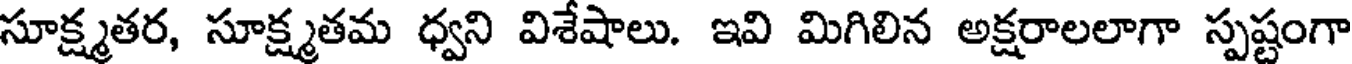
సూక్ష్మతర, సూక్ష్మతమ ధ్వని విశేషాలు. ఇవి మిగిలిన అక్షరాలలాగా స్పష్టంగా